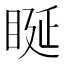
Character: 䀽